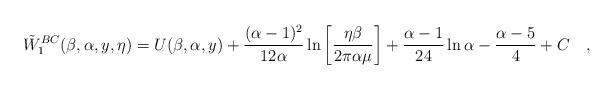
LaTeX: \begin{align*}\tilde{W}_1^{BC}(\beta,\alpha,y,\eta) =U(\beta,\alpha,y) + { (\alpha - 1)^2 \over 12 \alpha} \ln\left[{ \eta \beta\over 2 \pi \alpha\mu}\right] + { \alpha -1 \over 24 } \ln \alpha - {\alpha -5\over4} + C ~~~,\end{align*}